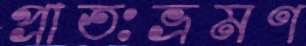
প্রাতঃভ্রমণ